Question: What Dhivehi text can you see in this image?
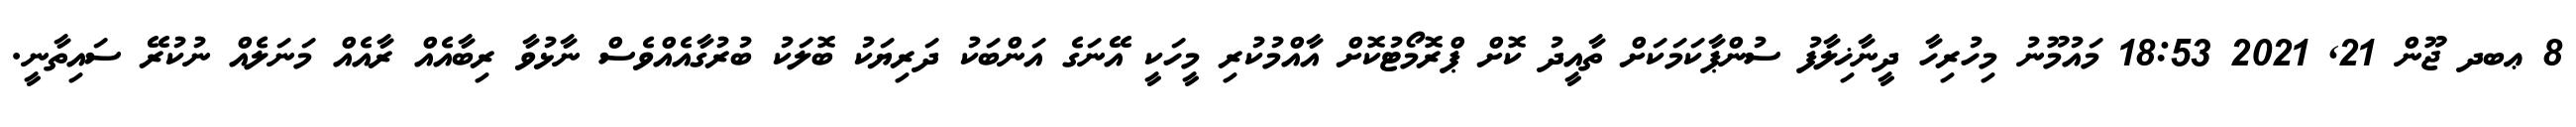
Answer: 8 ޢބދ ޖޫން 21, 2021 18:53 މައުމޫނު މިހުރިހާ ދީނާޚިލާފު ސުންޕާކަމަކަށް ތާއީދު ކޮށް ޕްރޮމޯޓުކޮށް އާއްމުކުރި މީހަކީ އޭނަގެ އަންބަކު ދަރިޔަކު ބޮލަކު ބުރުގާއެއްވެސް ނާޅުވާ ރިބާއެއް ރާއެއް މަނަލެއް ނުކުރޭ ސައިތާނީ.